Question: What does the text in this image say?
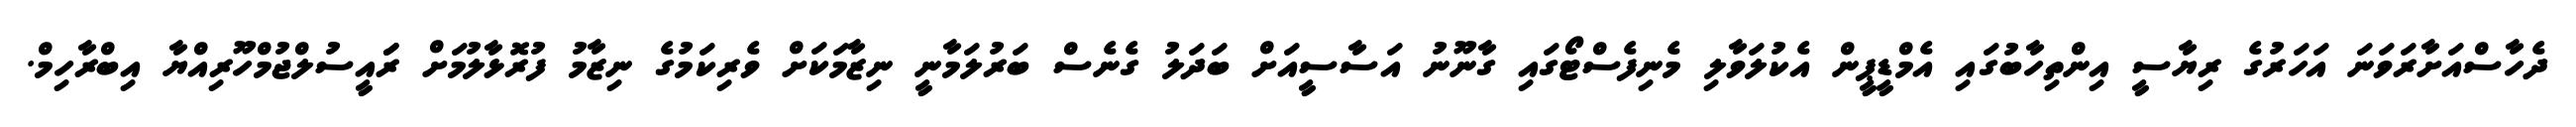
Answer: ދެހާސްއަށާރަވަނަ އަހަރުގެ ރިޔާސީ އިންތިހާބުގައި އެމްޑީޕީން އެކުލަވާލި މެނިފެސްޓޯގައި ގާނޫނު އަސާސީއަށް ބަދަލު ގެނެސް ބަރުލަމާނީ ނިޒާމަކަށް ވެރިކަމުގެ ނިޒާމު ފުރޮޅާލުމަށް ރަައީސުލްޖުމްހޫރިއްޔާ އިބްރާހިމް.